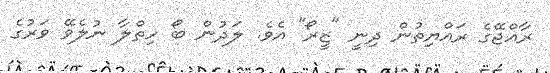
ރާއްޖޭގެ ރައްޔިތުން ދިނީ "ޒީރޯ" އެވެ. ލަދުން ބޯ ހިތްލާ ނުލެވޭ ވަރުގެ